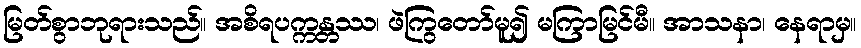
မြတ်စွာဘုရားသည်။ အစိရပက္ကန္တဿ၊ ဖဲကြွတော်မူ၍ မကြာမြင်မီ။ အာသနာ၊ နေရာမှ။